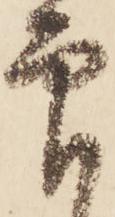
印